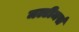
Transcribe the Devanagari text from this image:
मल्टीमर्स